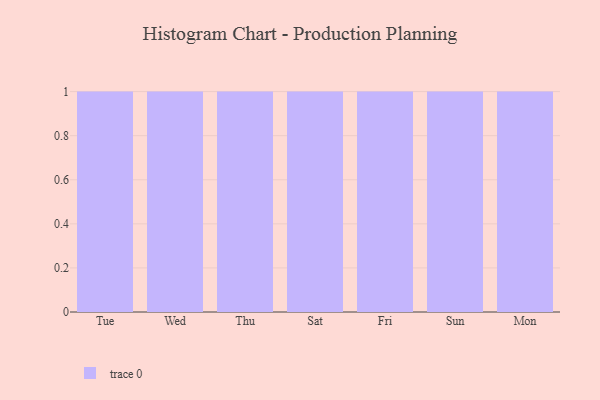
{"axis": {"x": "Day", "y": "Active Users"}, "legend": [""], "data": [{"x": "Tue", "y": 45, "type": ""}, {"x": "Wed", "y": 98, "type": ""}, {"x": "Thu", "y": 75, "type": ""}, {"x": "Sat", "y": 8, "type": ""}, {"x": "Fri", "y": 36, "type": ""}, {"x": "Sun", "y": 81, "type": ""}, {"x": "Mon", "y": 37, "type": ""}]}